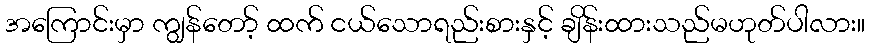
အကြောင်းမှာ ကျွန်တော့် ထက် ငယ်သောရည်းစားနှင့် ချိန်းထားသည်မဟုတ်ပါလား။